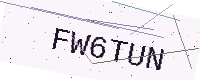
Text: FW6TUN